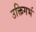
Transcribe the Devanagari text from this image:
उक्तिगर्भ